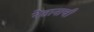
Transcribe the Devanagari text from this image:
नेतानाची